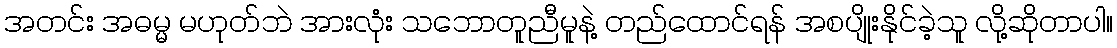
အတင်း အဓမ္မ မဟုတ်ဘဲ အားလုံး သဘောတူညီမူနဲ့ တည်ထောင်ရန် အစပျိုးနိုင်ခဲ့သူ လို့ဆိုတာပါ။